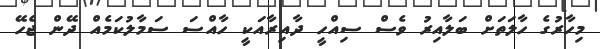
މިހާރުގެ ހާލަތަށް ބަލާއިރު ވެސް ސިއްހީ ދާއިރާއަކީ ހާއްސަ ސަމާލުކަމެއް ދޭން ޖެހޭ